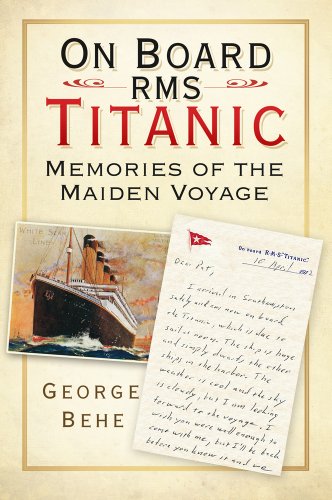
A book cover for On Board RMS Titanic: Memories of the Maiden Voyage; George Behe; Literature & Fiction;